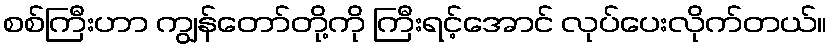
စစ်ကြီးဟာ ကျွန်တော်တို့ကို ကြီးရင့်အောင် လုပ်ပေးလိုက်တယ်။